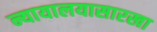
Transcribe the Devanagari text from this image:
न्यायालयासारखा